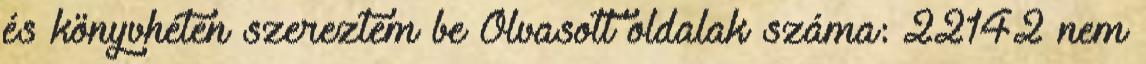
és könyvhéten szereztem be Olvasott oldalak száma: 22142 nem